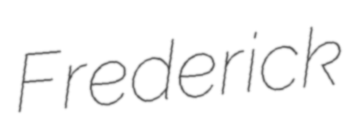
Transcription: Frederick